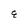
Character: E